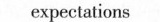
expectations